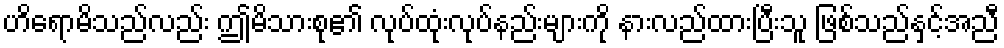
ဟိရောမိသည်လည်း ဤမိသားစု၏ လုပ်ထုံးလုပ်နည်းများကို နားလည်ထားပြီးသူ ဖြစ်သည်နှင့်အညီ